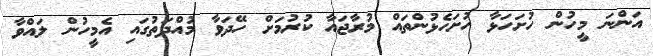
އަންނަ މީހުން ހުށަހަޅާ ހުށަހެޅުންތައް މުރާޖައާ ކުރުމަށް ހޭދަވާ މުއްދަތުގައި އެމީހުން ލައްވާ